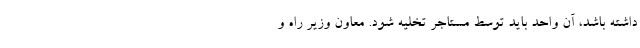
داشته باشد، آن واحد باید توسط مستاجر تخلیه شود. معاون وزیر راه و